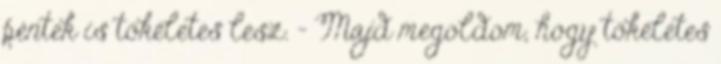
péntek is tökéletes lesz. - Majd megoldom, hogy tökéletes